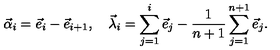
\vec { \alpha } _ { i } = \vec { e } _ { i } - \vec { e } _ { i + 1 } , \quad \vec { \lambda } _ { i } = \sum _ { j = 1 } ^ { i } \vec { e } _ { j } - { \frac { 1 } { n + 1 } } \sum _ { j = 1 } ^ { n + 1 } \vec { e } _ { j } .